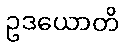
ဥဒယောတိ